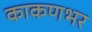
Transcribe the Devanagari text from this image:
काकणभर